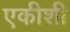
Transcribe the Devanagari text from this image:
एकीशी